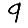
Digit: 9